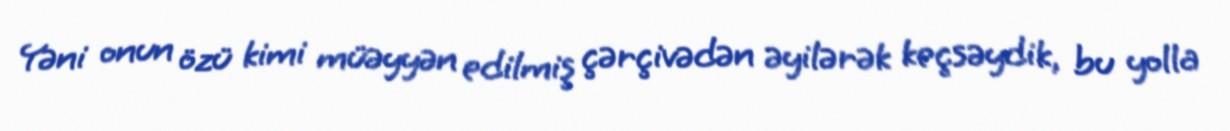
Yəni onun özü kimi müəyyən edilmiş çərçivədən əyilərək keçsəydik, bu yolla